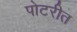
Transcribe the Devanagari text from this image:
पोटरीत